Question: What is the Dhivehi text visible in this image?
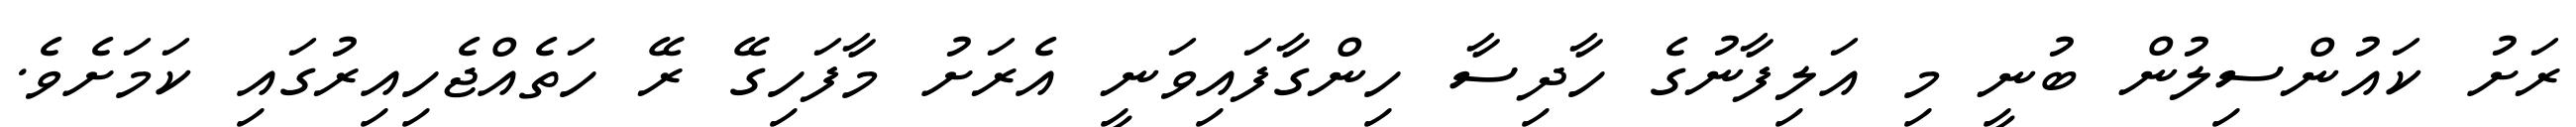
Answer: ރަށު ކައުންސިލުން ބުނީ މި އަލިފާނުގެ ހާދިސާ ހިންގާފައިވަނީ އެރަށު މާފަހިގޭ ރޭ ހަތެއްޖެހިއިރުގައި ކަމަށެވެ.